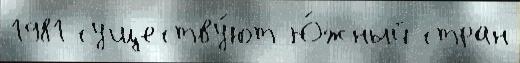
1981 существу́ют Ю́жный стран